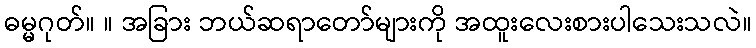
ဓမ္မဂုတ်။ ။ အခြား ဘယ်ဆရာတော်များကို အထူးလေးစားပါသေးသလဲ။